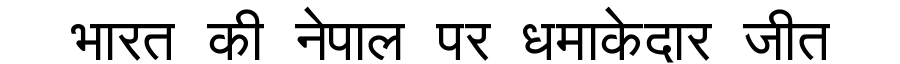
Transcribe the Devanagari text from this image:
भारत की नेपाल पर धमाकेदार जीत